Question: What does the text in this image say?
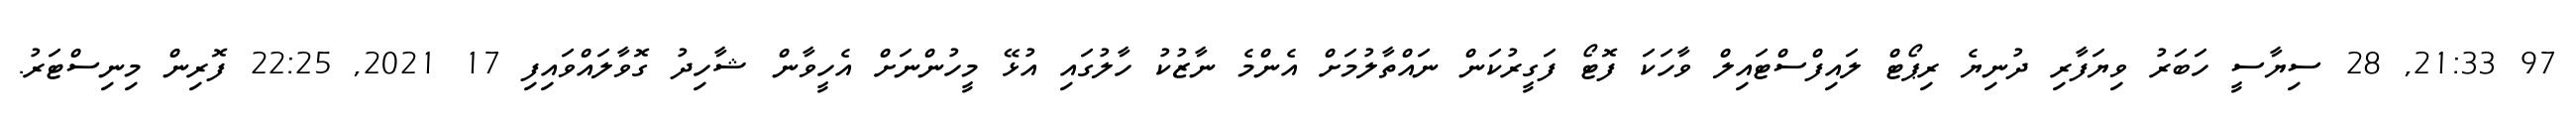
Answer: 97 21:33, 28 ސިޔާސީ ހަބަރު ވިޔަފާރި ދުނިޔެ ރިޕޯޓް ލައިފްސްޓައިލް ވާހަކަ ފޮޓޯ ފަގީރުކަން ނައްތާލުމަށް އެންމެ ނާޒުކު ހާލުގައި އުޅޭ މީހުންނަށް އެހީވާން ޝާހިދު ގޮވާލައްވައިފި 17 2021, 22:25 ފޮރިން މިނިސްޓަރު.